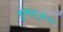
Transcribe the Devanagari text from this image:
इन्फ्लुअंस